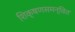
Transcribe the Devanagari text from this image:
शिक्षणसमन्वित